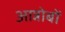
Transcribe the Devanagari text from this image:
आन्नोबों